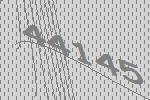
44145